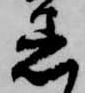
着